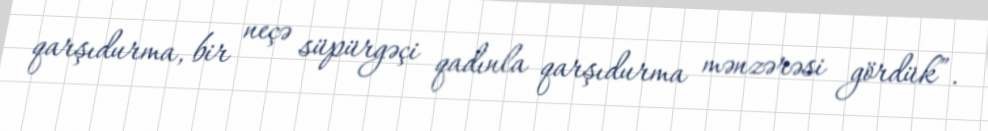
qarşıdurma, bir neçə süpürgəçi qadınla qarşıdurma mənzərəsi gördük”.